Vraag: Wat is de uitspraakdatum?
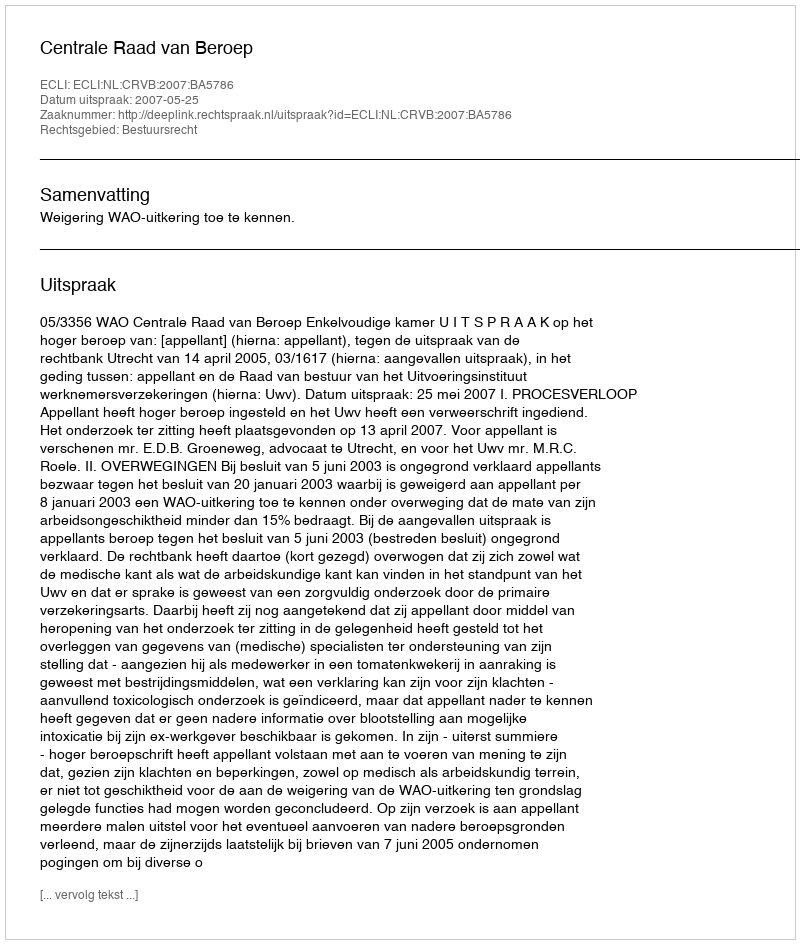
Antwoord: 2007-05-25